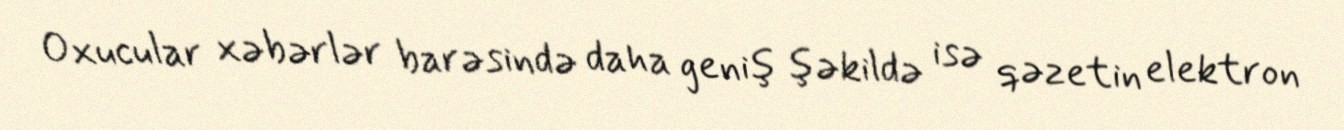
Oxucular xəbərlər barəsində daha geniş şəkildə isə qəzetin elektron